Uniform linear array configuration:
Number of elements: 12
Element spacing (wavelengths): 0.25
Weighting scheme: uniform
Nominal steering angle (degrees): -45
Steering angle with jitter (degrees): -46.376
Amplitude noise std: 0.05
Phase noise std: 0.05

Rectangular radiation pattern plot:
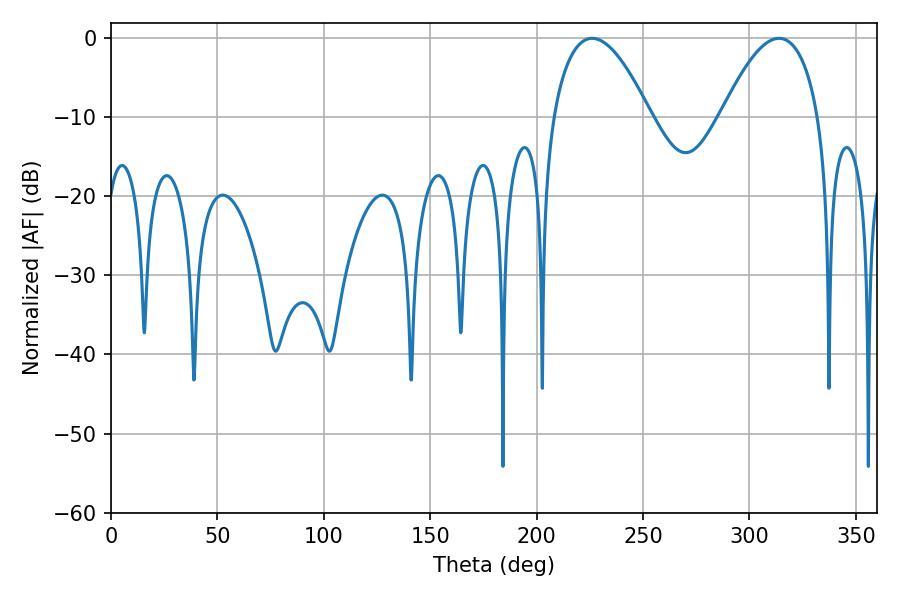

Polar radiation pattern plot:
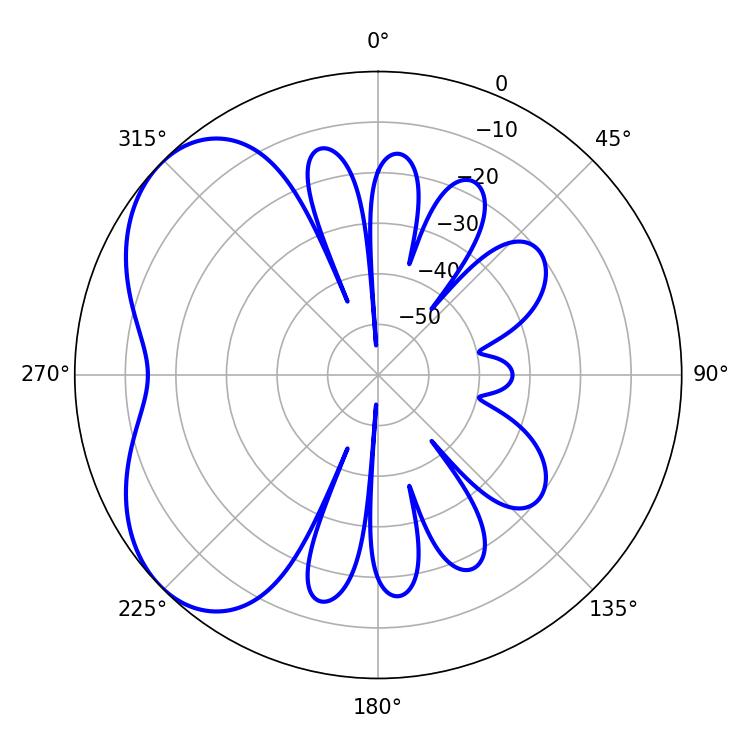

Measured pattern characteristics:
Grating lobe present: FALSE
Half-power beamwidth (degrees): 25.38
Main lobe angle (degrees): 226.08